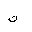
Letter: _kaf